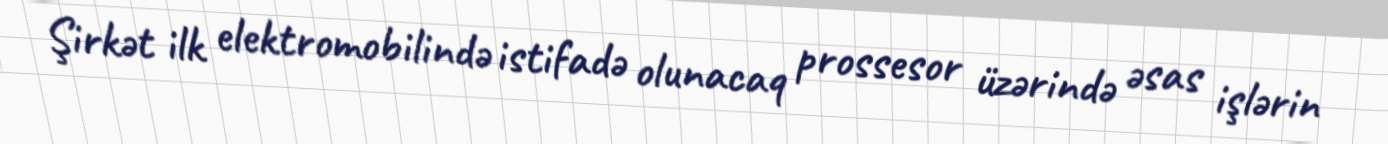
Şirkət ilk elektromobilində istifadə olunacaq prossesor üzərində əsas işlərin